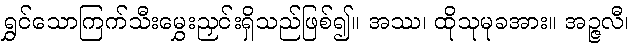
ရွှင်သောကြက်သီးမွှေးညှင်းရှိသည်ဖြစ်၍။ အဿ၊ ထိုသုမုခအား။ အဉ္ဇလီ၊